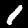
Digit: 1